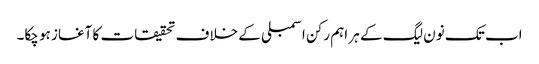
اب تک نون لیگ کے ہر اہم رکن اسمبلی کے خلاف تحقیقات کا آغاز ہو چکا۔